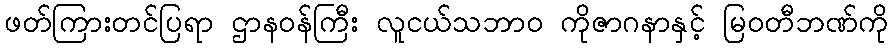
ဖတ်ကြားတင်ပြရာ ဌာနဝန်ကြီး လူငယ်သဘာ၀ ကိုဇာဂနာနှင့် မြဝတီဘဏ်ကို